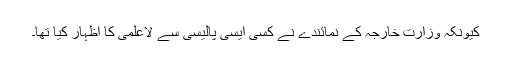
کیونکہ وزارت خارجہ کے نمائندے نے کسی ایسی پالیسی سے لاعلمی کا اظہار کیا تھا۔